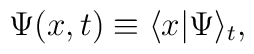
\Psi(x,t) \equiv \langle x|\Psi\rangle_t,